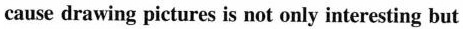
cause drawing pictures is not only interesting but